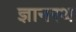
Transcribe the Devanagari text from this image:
ज्ञानरथ